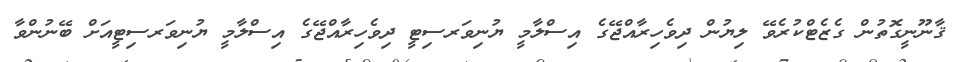
ޤާނޫނީގޮތުން ގެޒެޓްކުރެވޭ ލިޔުން ދިވެހިރާއްޖޭގެ އިސްލާމީ ޔުނިވަރސިޓީ ދިވެހިރާއްޖޭގެ އިސްލާމީ ޔުނިވަރސިޓީއަށް ބޭނުންވާ